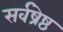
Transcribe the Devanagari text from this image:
सर्वष्रेष्ठ